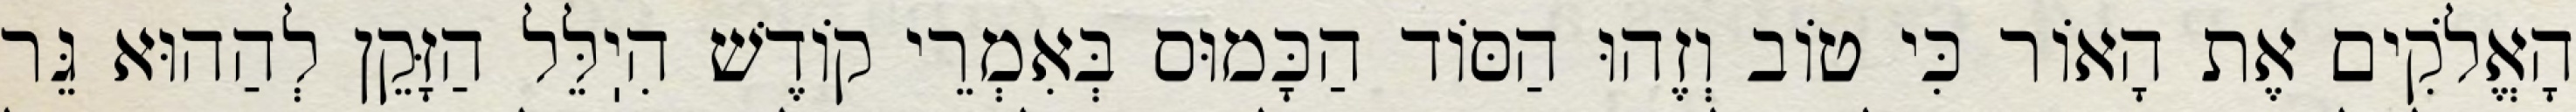
הָאֱלֹקִים אֶת הָאוֹר כִּי טוֹב וְזֶהוּ הַסּוֹד הַכָּמוּס בְּאִמְרֵי קוֹדֶשׁ הִיֽלֵּל הַזָּקֵן לְהַהוּא גֵּר